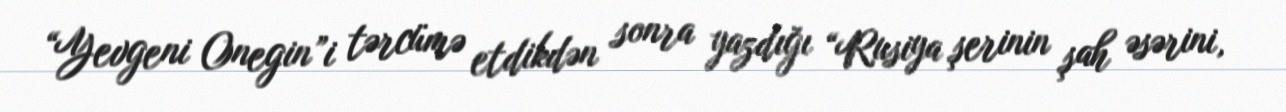
“Yevgeni Onegin”i tərcümə etdikdən sonra yazdığı “Rusiya şerinin şah əsərini,